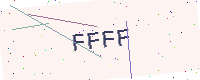
Text: FFFF